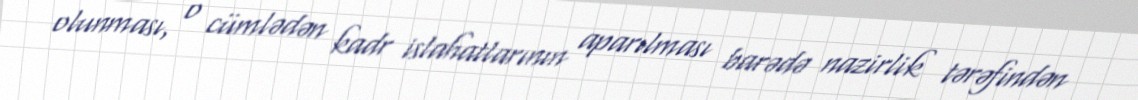
olunması, o cümlədən kadr islahatlarının aparılması barədə nazirlik tərəfindən